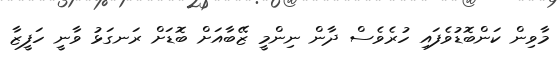
މާވިން ކަންބޮޑުވެފައި ހުރެވެސް ދާން ނިންމީ ޒޭބާއަށް ބޮޑަށް ރަނގަޅު ވާނީ ހަފީޒާ